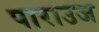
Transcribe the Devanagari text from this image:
पाराउज